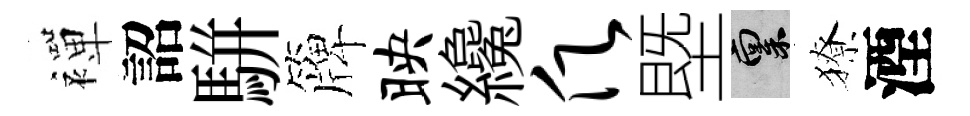
襌詔駢簰映纔愿塈禀獠湮